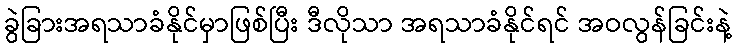
ခွဲခြားအရသာခံနိုင်မှာဖြစ်ပြီး ဒီလိုသာ အရသာခံနိုင်ရင် အဝလွန်ခြင်းနဲ့